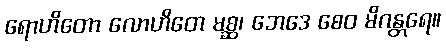
ရောဟိတော လောဟိတေ မစ္ဆ၊ ဘေဒေ စေဝ မိဂန္တရေ။